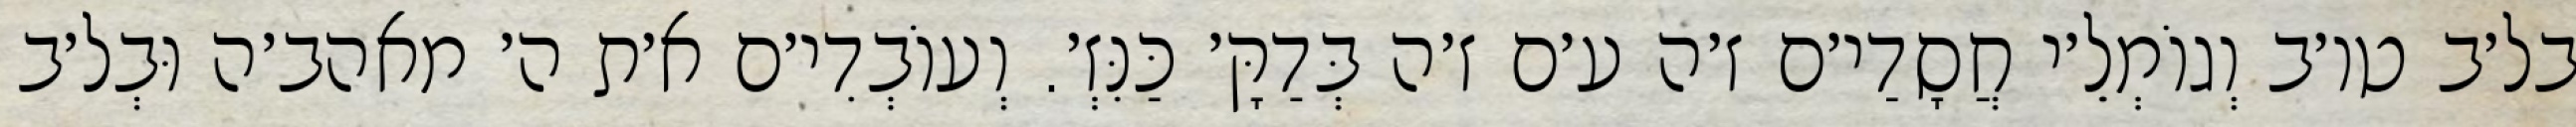
בל׳ב טו׳ב וְגוֹמְלֵ׳י חֲסָדַי׳ם ז׳ה ע׳ם ז׳ה בְּדַקָּ׳ כַּנִּזְ׳. וְעוֹבְדִי׳ם א׳ת ה׳ מאהב׳ה וּבְל׳ב